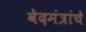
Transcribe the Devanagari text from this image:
वेदमंत्रांचे